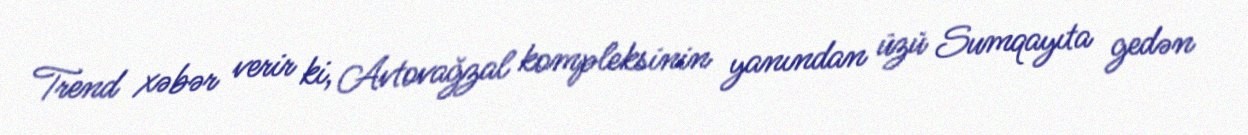
Trend xəbər verir ki, Avtovağzal kompleksinin yanından üzü Sumqayıta gedən